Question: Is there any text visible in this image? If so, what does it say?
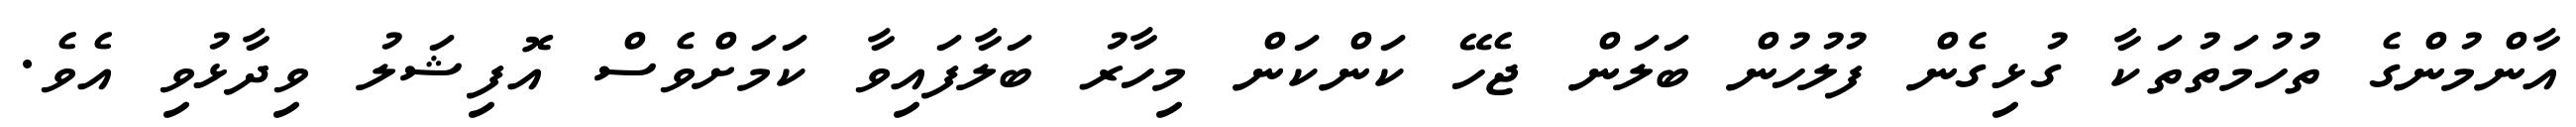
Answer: އާންމުންގެ ތުހުމަތުތަކާ ގުޅިގެން ފުލުހުން ބަލަން ޖެހޭ ކަންކަން މިހާރު ބަލާފައިވާ ކަމަށްވެސް އޮފިޝަލު ވިދާޅުވި އެވެ.